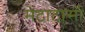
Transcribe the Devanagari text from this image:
मेटाटार्सो